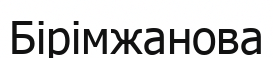
Бірімжанова